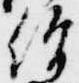
僧